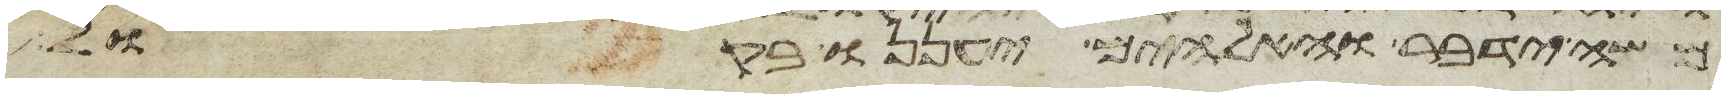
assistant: משה ידבר והאלהים יעננו בקול